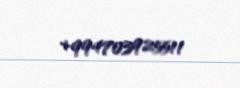
+994703925511